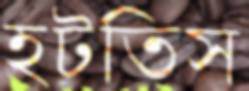
হটতিস